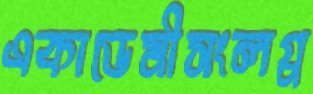
একাডেমীসংলগ্ন